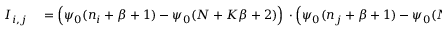
\begin{array} { r l } { I _ { i , j } } & { { } = \Big ( \psi _ { 0 } ( n _ { i } + \beta + 1 ) - \psi _ { 0 } ( N + K \beta + 2 ) \Big ) \, \cdot \Big ( \psi _ { 0 } ( n _ { j } + \beta + 1 ) - \psi _ { 0 } ( N + K \beta + 2 ) \Big ) - \psi _ { 1 } ( N + K \beta + 2 ) \; ; } \end{array}